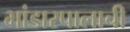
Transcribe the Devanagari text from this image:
भांडारपालाची